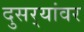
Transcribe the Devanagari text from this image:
दुसर्‍यांवर